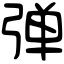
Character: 弹